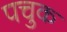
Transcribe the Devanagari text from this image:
पचुक